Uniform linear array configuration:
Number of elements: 8
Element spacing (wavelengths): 1
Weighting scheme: kaiser
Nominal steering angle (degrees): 15
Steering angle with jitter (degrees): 16.108
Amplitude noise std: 0.05
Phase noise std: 0.05

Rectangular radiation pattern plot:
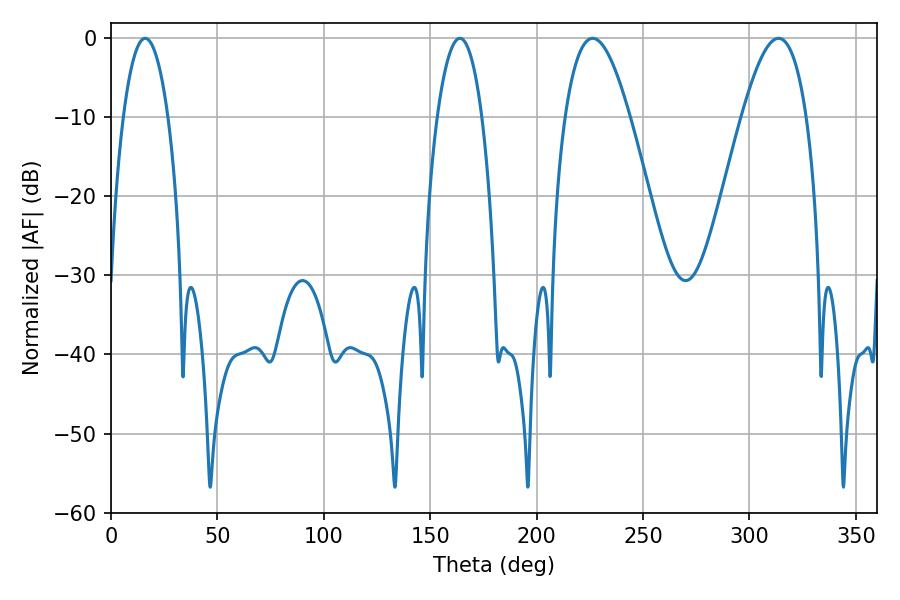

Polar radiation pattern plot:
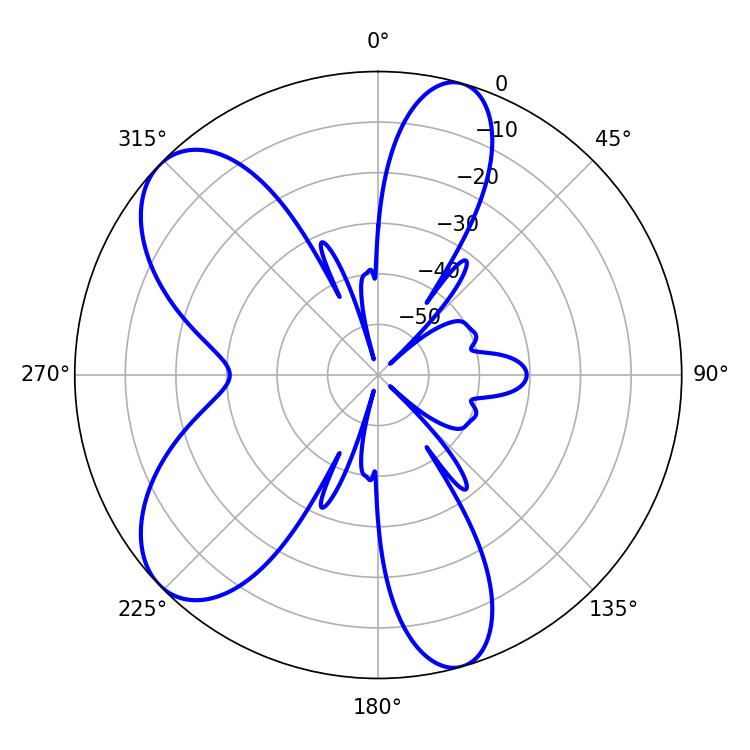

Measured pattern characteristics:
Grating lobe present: TRUE
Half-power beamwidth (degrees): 11.7
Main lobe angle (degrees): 16.02